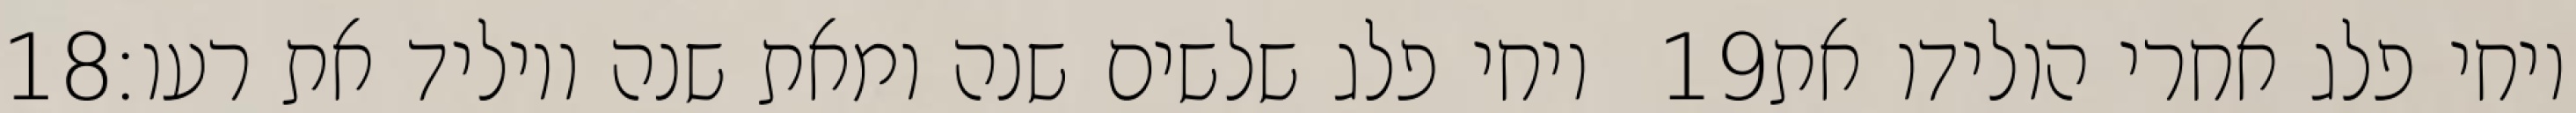
‎18‏ ויחי פלג שלשים שנה ומאת שנה ויוליד את רעו׃ ‎19‏ ויחי פלג אחרי הולידו את